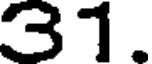
31.